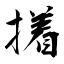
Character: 撯